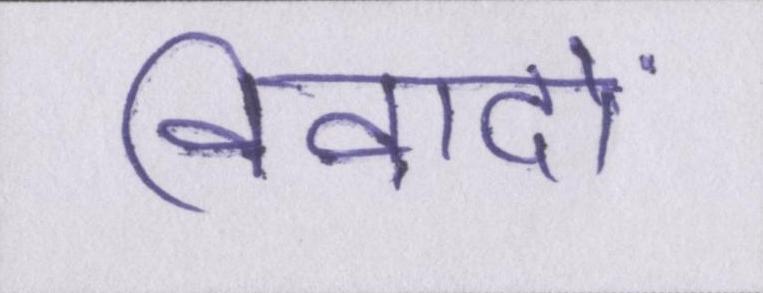
विवादों